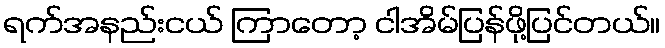
ရက်အနည်းငယ် ကြာတော့ ငါအိမ်ပြန်ဖို့ပြင်တယ်။